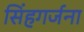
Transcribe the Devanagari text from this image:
सिंहगर्जना